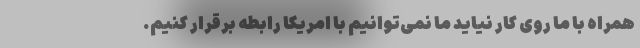
همراه با ما روی کار نیاید ما نمی‌توانیم با امریکا رابطه برقرار کنیم.